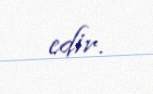
edir.